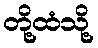
တို့ထံသို့